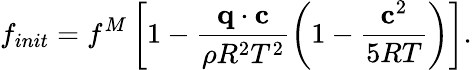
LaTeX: f_{init}=f^{M}\left[1-\frac{\mathbf q\cdot\mathbf c}{\rho R^{2}T^{2}}\left(1-\frac{\mathbf c^{2}}{5RT}\right)\right].